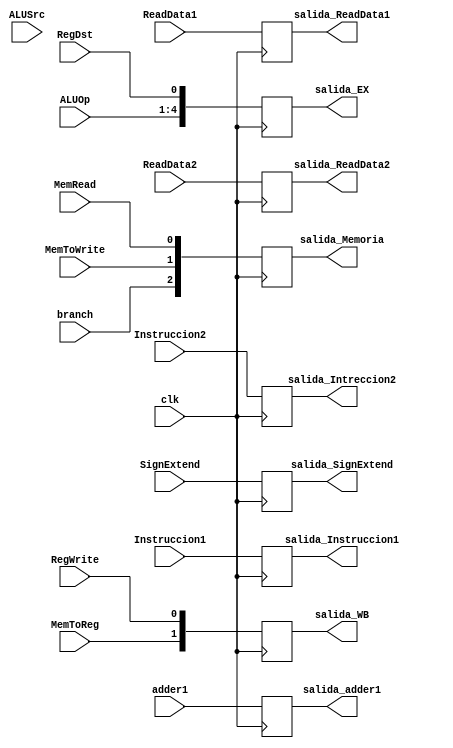
`timescale 1ns/1ns

module Buffer2(
	input clk,
	input[31:0] adder1,
	input[31:0] ReadData1,
	input[31:0] ReadData2,
	input[31:0] SignExtend,
	input[4:0] Instruccion1,
	input[4:0] Instruccion2,
	input MemToReg,
	input MemRead,
	input RegWrite,
	input MemToWrite,
	input RegDst,
	input branch,
	input ALUSrc,
	input[3:0]ALUOp,
	output reg[31:0]salida_adder1,
	output reg[31:0]salida_ReadData1,
	output reg[31:0]salida_ReadData2,
	output reg[31:0]salida_SignExtend,
	output reg[4:0]salida_Instruccion1,
	output reg[4:0]salida_Intreccion2,
	output reg[4:0]salida_EX,
	output reg[2:0]salida_Memoria,
	output reg[1:0]salida_WB
);

always@(posedge clk)
begin
   	salida_EX = {ALUSrc,ALUOp,RegDst};
	salida_Memoria = {branch, MemToWrite, MemRead};
	salida_WB = {MemToReg, RegWrite};
	salida_adder1 = adder1;
	salida_ReadData1 = ReadData1;
	salida_ReadData2 = ReadData2;
	salida_SignExtend = SignExtend;
	salida_Instruccion1 = Instruccion1;
	salida_Intreccion2 = Instruccion2;
end
endmodule